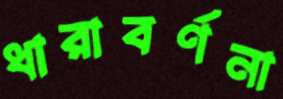
ধারাবর্ণনা